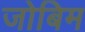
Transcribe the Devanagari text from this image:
जोबिम